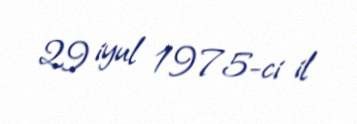
29 iyul 1975-ci il